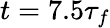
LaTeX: t=7.5\tau_{f}